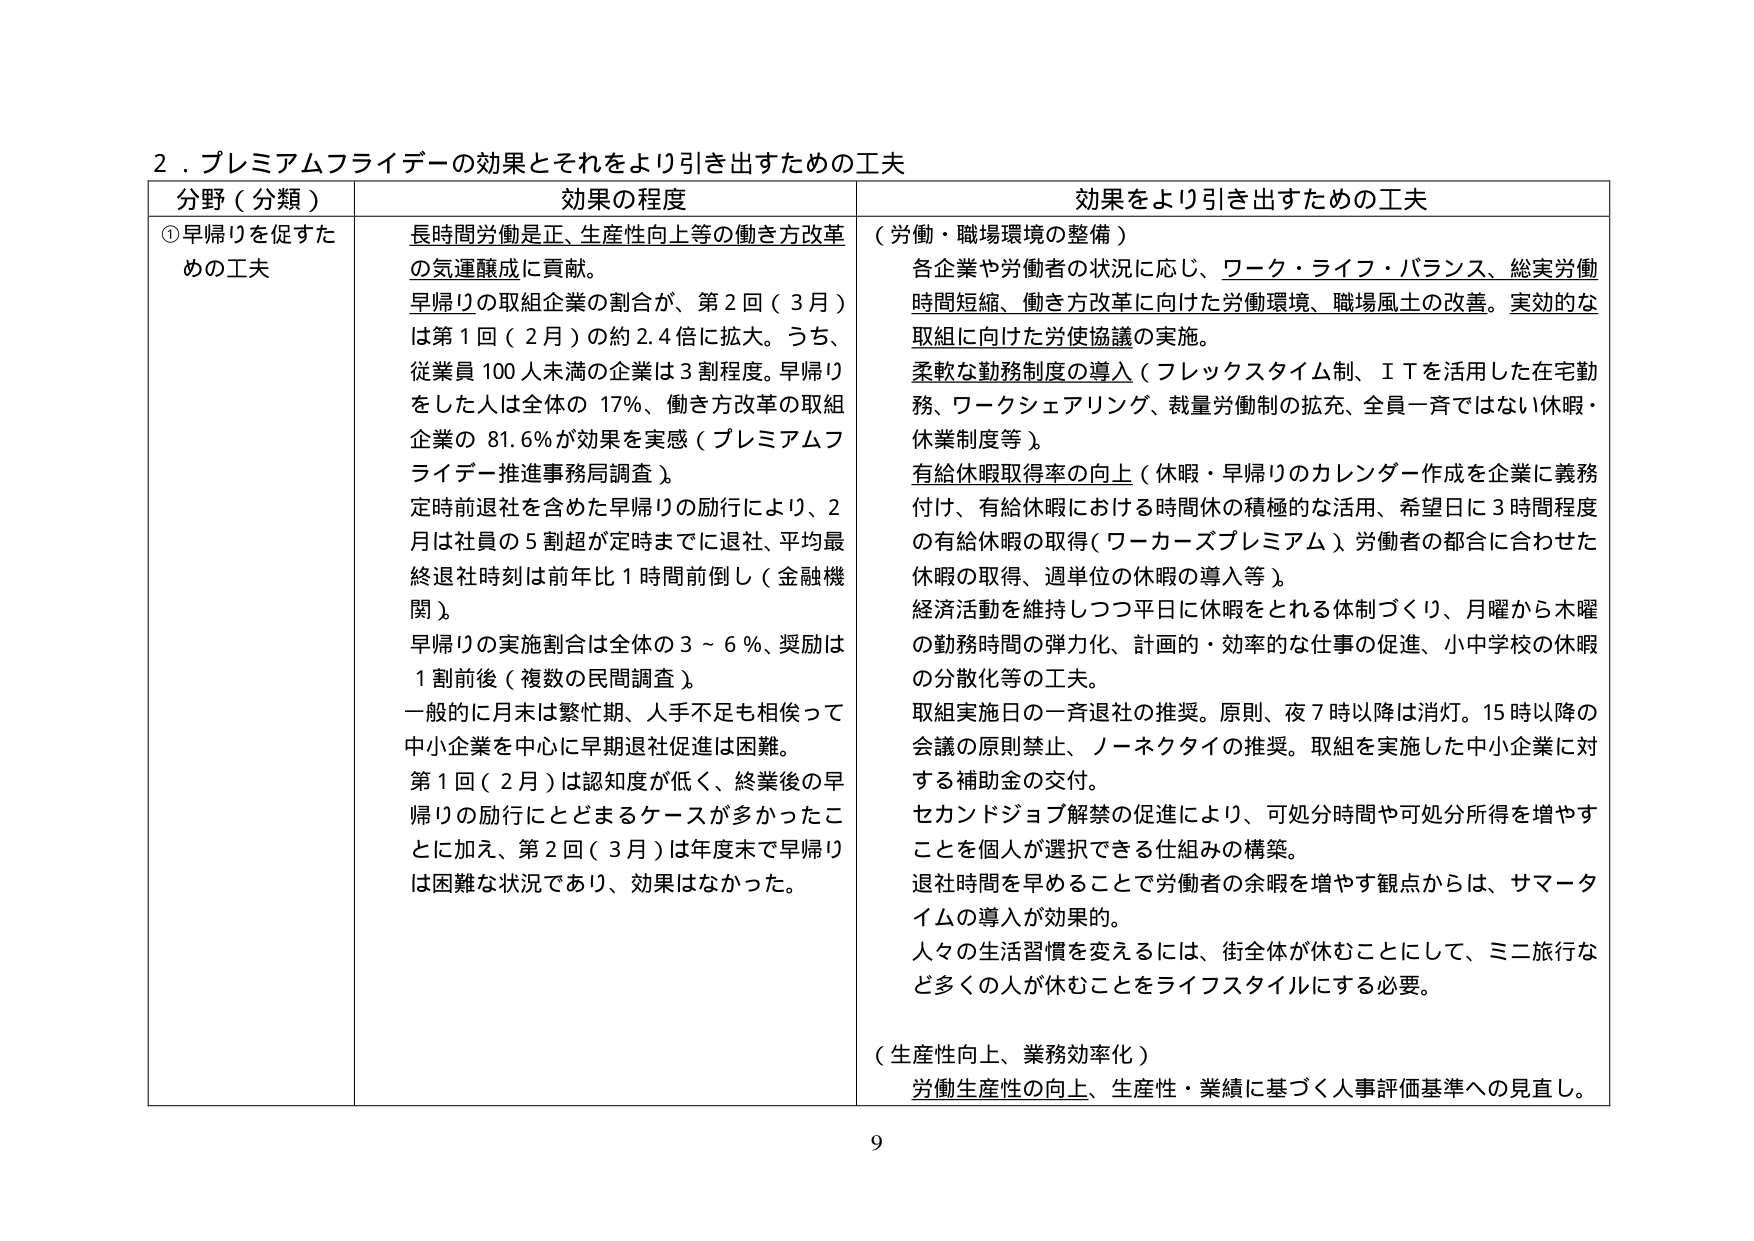
2．プレミアムフライデーの効果とそれをより引き出すための工夫

分野（分類）　効果の程度　効果をより引き出すための工夫

①早帰りを促すための工夫

長時間労働是正、生産性向上等の働き方改革の気運醸成に貢献。
早帰りの取組企業の割合が、第2回（3月）は第1回（2月）の約2.4倍に拡大。うち、従業員100人未満の企業は3割程度。早帰りをした人は全体の17％、働き方改革の取組企業の81.6％が効果を実感（プレミアムフライデー推進事務局調査）。
定時前退社を含めた早帰りの励行により、2月は社員の5割超が定時までに退社、平均最終退社時刻は前年比1時間前倒し（金融機関）。
早帰りの実施割合は全体の3～6％、奨励は1割前後（複数の民間調査）。
一般的に月末は繁忙期、人手不足も相俟って中小企業を中心に早期退社促進は困難。
第1回（2月）は認知度が低く、終業後の早帰りの励行にとどまるケースが多かったことに加え、第2回（3月）は年度末で早帰りは困難な状況であり、効果はなかった。

（労働・職場環境の整備）
各企業や労働者の状況に応じ、ワーク・ライフ・バランス、総実労働時間短縮、働き方改革に向けた労働環境、職場風土の改善。実効的な取組に向けた労使協議の実施。
柔軟な勤務制度の導入（フレックスタイム制、ＩＴを活用した在宅勤務、ワークシェアリング、裁量労働制の拡充、全員一斉ではない休暇・休業制度等）。
有給休暇取得率の向上（休暇・早帰りのカレンダー作成を企業に義務付け、有給休暇における時間休の積極的な活用、希望日に3時間程度の有給休暇の取得（ワーカーズプレミアム）、労働者の都合に合わせた休暇の取得、週単位の休暇の導入等）。
経済活動を維持しつつ平日に休暇をとれる体制づくり、月曜から木曜の勤務時間の弾力化、計画的・効率的な仕事の促進、小中学校の休暇の分散化等の工夫。
取組実施日の一斉退社の推奨。原則、夜7時以降は消灯。15時以降の会議の原則禁止、ノーネクタイの推奨。取組を実施した中小企業に対する補助金の交付。
セカンドジョブ解禁の促進により、可処分時間や可処分所得を増やすことを個人が選択できる仕組みの構築。
退社時間を早めることで労働者の余暇を増やす観点からは、サマータイムの導入が効果的。
人々の生活習慣を変えるには、街全体が休むことにして、ミニ旅行など多くの人が休むことをライフスタイルにする必要。

（生産性向上、業務効率化）
労働生産性の向上、生産性・業績に基づく人事評価基準への見直し。

9